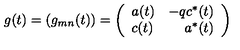
g ( t ) = ( g _ { m n } ( t ) ) = \left( \begin{array} { l r } { a ( t ) } & { - q c ^ { * } ( t ) } \\ { c ( t ) } & { a ^ { * } ( t ) } \\ \end{array} \right)